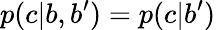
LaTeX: p(c|b,b^{\prime})=p(c|b^{\prime})